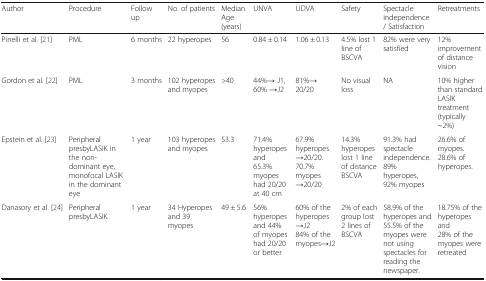
| Author | Procedure | Follow up | No. of patients | Median Age (years) | UNVA | UDVA | Safety | Spectacle independence / Satisfaction | Retreatments |
 | --- | --- | --- | --- | --- | --- | --- | --- | --- | --- |
 | Pinelli et al. [21] | PML | 6 months | 22 hyperopes | 56 | 0.84 ± 0.14 | 1.06 ± 0.13 | 4.5% lost 1 line of BSCVA | 82% were very satisfied | 12% improvement of distance vision |
 | Gordon et al. [22] | PML | 3 months | 102 hyperopes and myopes | >40 | 44%→ J1, 60% →J2 | 81%→ 20/20 | No visual loss | NA | 10% higher than standard LASIK treatment (typically ~2%) |
 | Epstein et al. [23] | Peripheral presbyLASIK in the non-dominant eye, monofocal LASIK in the dominant eye | 1 year | 103 hyperopes and myopes | 53.3 | 71.4% hyperopes and65.3% myopes had 20/20 at 40 cm | 67.9% hyperopes →20/20.70.7% myopes →20/20 | 14.3% hyperopes lost 1 line of distance BSCVA | 91.3% had spectacle independence.89% hyperopes, 92% myopes | 26.6% of myopes.28.6% of hyperopes. |
 | Danasory et al. [24] | Peripheral presbyLASIK | 1 year | 34 Hyperopes and 39 myopes | 49 ± 5.6 | 56% hyperopes and 44% of myopes had 20/20 or better | 60% of the hyperopes →J284% of the myopes→J2 | 2% of each group lost 2 lines of BSCVA | 58.9% of the hyperopes and55.5% of the myopes were not using spectacles for reading the newspaper. | 18.75% of the hyperopes and28% of the myopes were retreated |